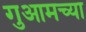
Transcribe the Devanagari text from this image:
गुआमच्या